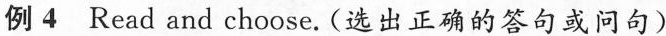
例 4 Read and choose.(选出正确的答句或问句)